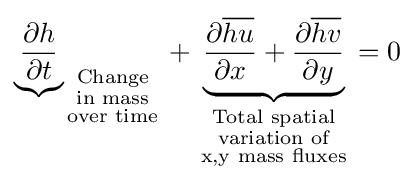
{\underbrace {\partial h \over \partial t} }_{\begin{smallmatrix}{\text{Change}}\\{\text{in mass}}\\{\text{over time}}\end{smallmatrix}}+\underbrace {{\partial {\overline {hu}} \over \partial x}+{\partial {\overline {hv}} \over \partial y}} _{\begin{smallmatrix}{\text{Total spatial}}\\{\text{variation of}}\\{\text{x,y mass fluxes}}\end{smallmatrix}}=0